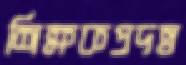
শিক্ষকপ্রদত্ত